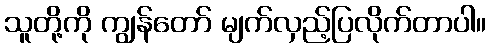
သူတို့ကို ကျွန်တော် မျက်လှည့်ပြလိုက်တာပါ။